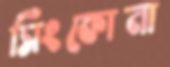
সিংকোনা